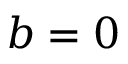
b = 0